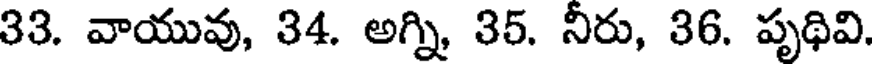
33. వాయువు, 34. అగ్ని, 35. నీరు, 36. పృథివి.